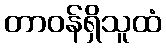
တာဝန်ရှိသူထံ